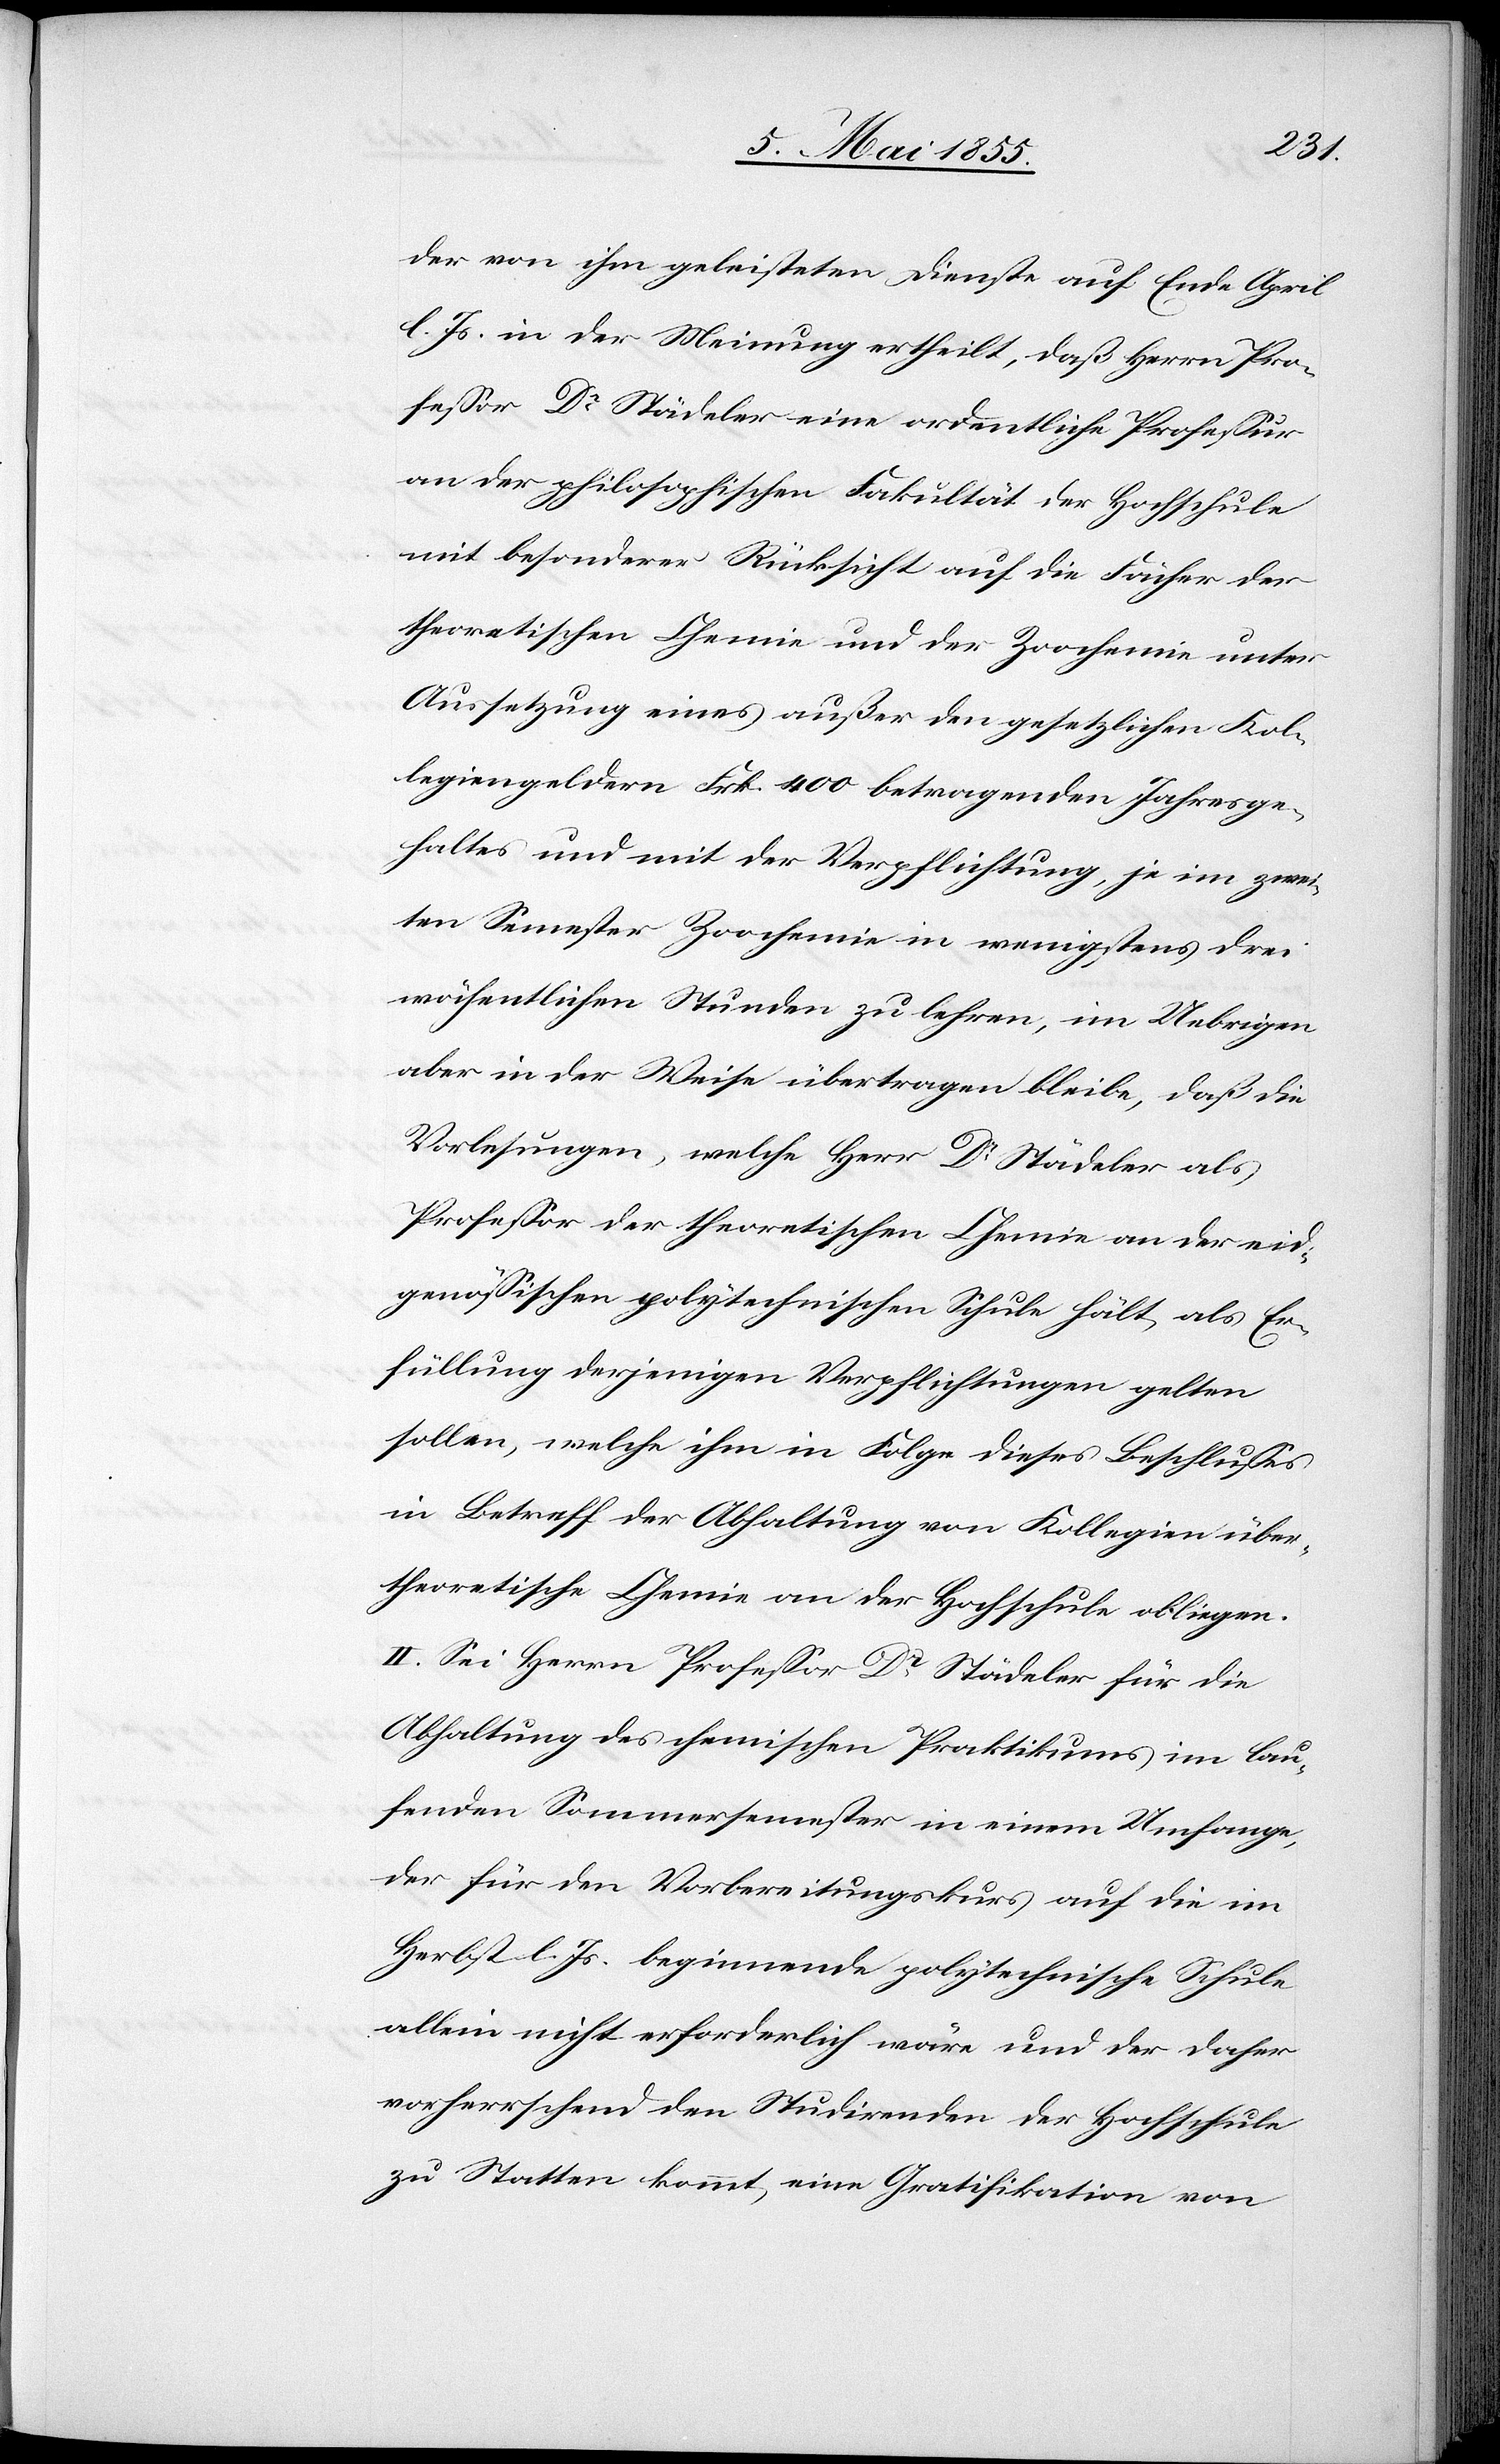
der von ihm geleisteten Dienste auf Ende April
l. Js. in der Meinung ertheilt, daß Herrn Pro¬
fessor Dr Städeler eine ordentliche Professur
an der philosophischen Fakultät der Hochschule
mit besonderer Rücksicht auf die Fächer der
theoretischen Chemie und der Zoochemie unter
Aussetzung eines außer den gesetzlichen Kol¬
legiengeldern Frk. 400 betragenden Jahresge¬
haltes und mit der Verpflichtung, je im zwei¬
ten Semester Zoochemie in wenigstens drei
wöchentlichen Stunden zu lehren, im Uebrigen
aber in der Weise übertragen bleibe, daß die
Vorlesungen, welche Herr Dr Städeler als
Professor der theoretischen Chemie an der eid¬
genössischen polytechnischen Schule hält, als Er¬
füllung derjenigen Verpflichtungen gelten
sollen, welche ihm in Folge dieses Beschlusses
in Betreff der Abhaltung von Kollegien über
theoretische Chemie an der Hochschule obliegen.
II. Sei Herrn Professor Dr Städeler für die
Abhaltung des chemischen Praktikums im lau¬
fenden Sommersemester in einem Umfange,
der für den Vorbereitungskurs auf die im
Herbst l. Js. beginnende polytechnische Schule
allein nicht erforderlich wäre und der daher
vorherrschend den Studirenden der Hochschule
zu Statten kommt, eine Gratifikation von